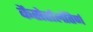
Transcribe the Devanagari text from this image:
कैसेर्सलॉतेर्ण